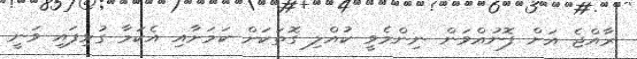
ރާއްޖެ އަށް ފޮނުއްވަން ނިންމެވީ ކުއްލި ގޮތަކަށް ކަމަށާއި އެކަމާ ގުޅިފައި ވަނީ